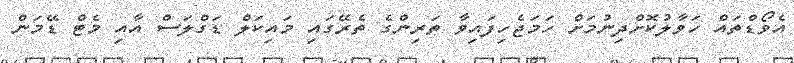
އެވޯޑްތައް ހަވާލުކޮށްދިނުމަށް ހަމަޖެހިފައިވާ ތަރިންގެ ތެރޭގައި މައިކަލް ޑަގްލަސް އާއި މެޓް ޑޭމަން